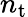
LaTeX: n_{\mathrm{t}}